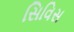
સિવિસ